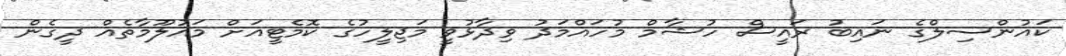
ކައުންސިލްގެ ނައިބު ރައީސް ހުޝާމް މުހައްމަދު ވިދާޅުވީ މަޖިލީހުގެ ކޮމެޓީއަށް މައުލޫމާތެއް ދީގެން